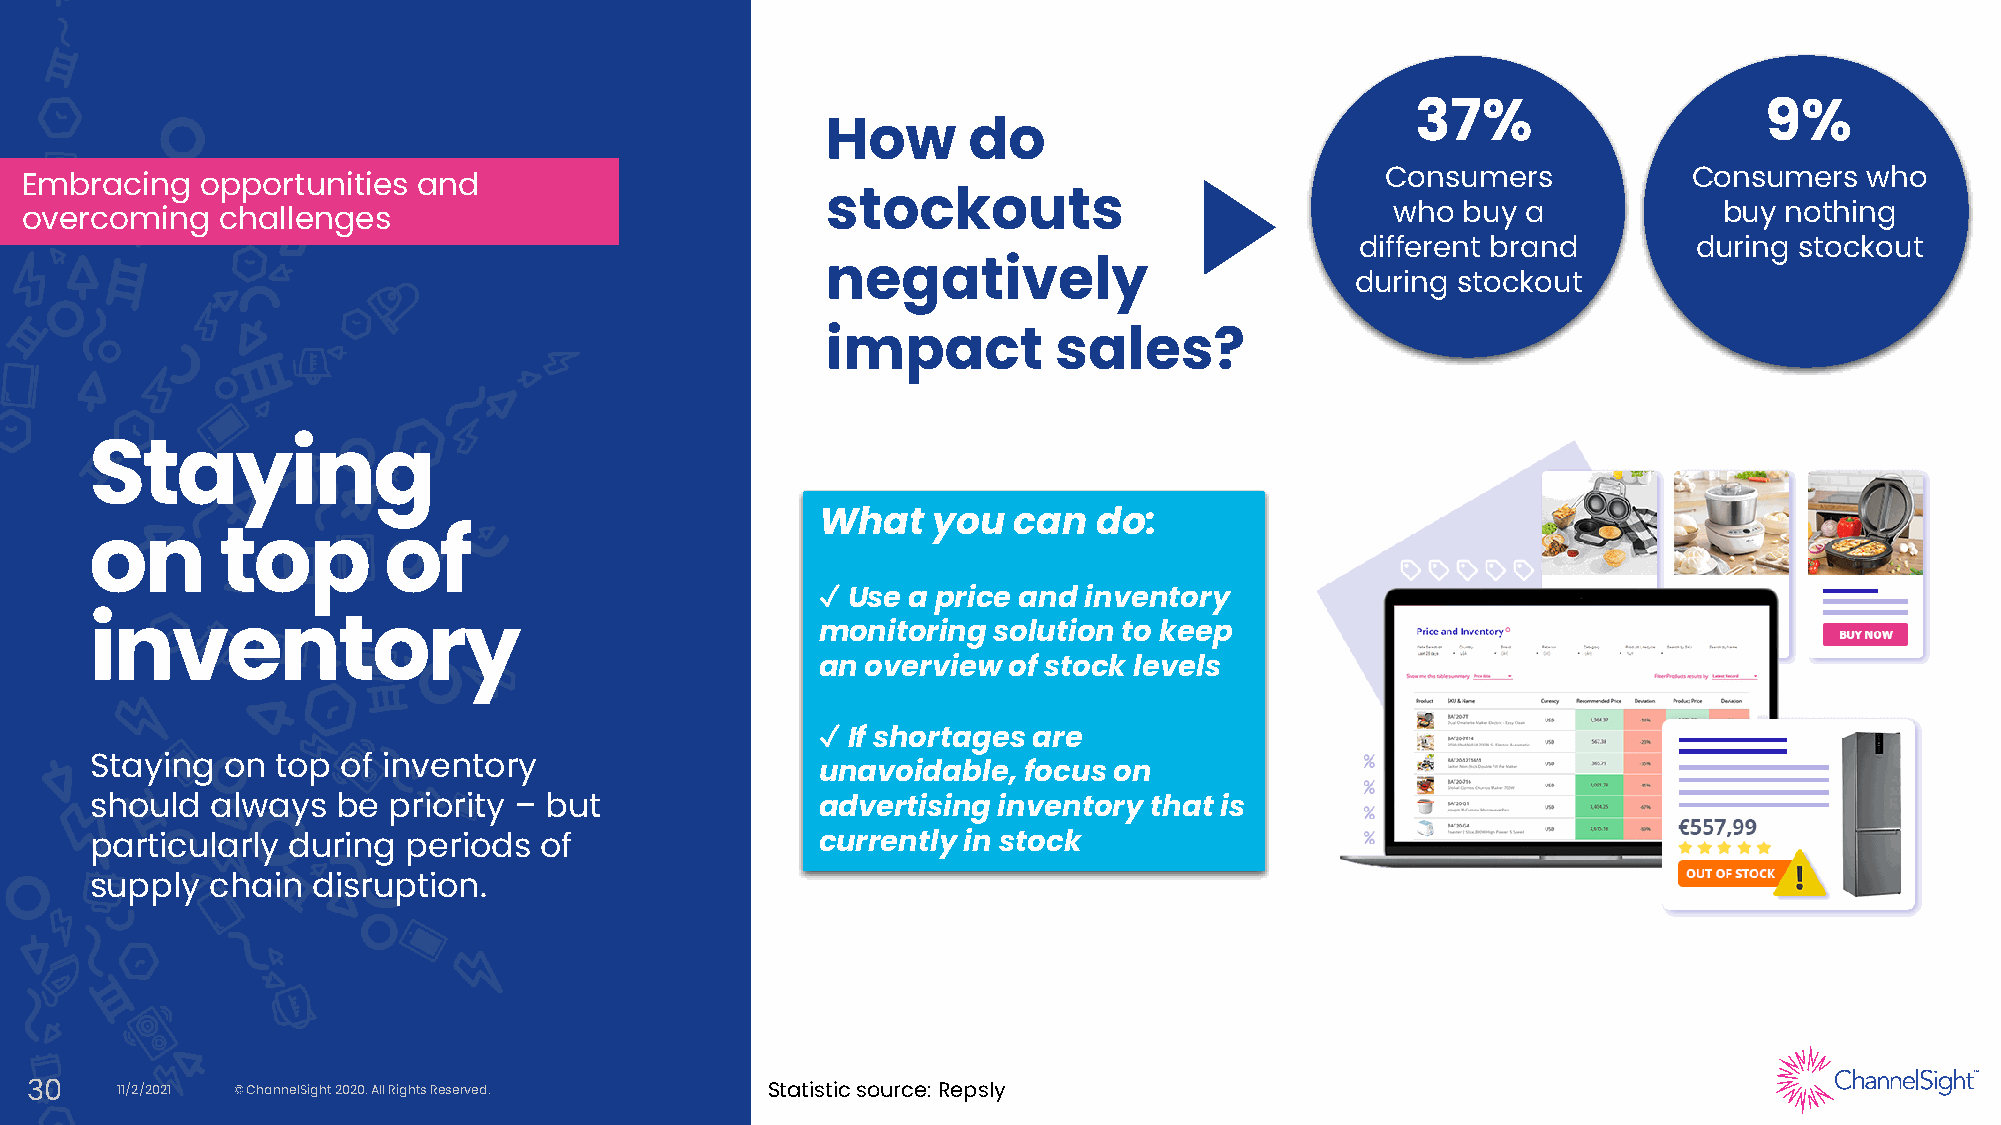
37%                    9%
 How      do
 Consumers           Consumers   who
 Embracing   opportunities  and
 overcoming   challenges                               stockouts                            who  buy a            buy nothing
 different brand       during stockout
 negatively                         during stockout
 impact         sales?
 Staying
 What    you  can   do:
 on       top       of
 ✓ Use a price and inventory
 monitoring  solution to keep
 inventory
 an overview  of stock levels
 ✓ If shortages are
 Staying  on top  of inventory
 unavoidable,  focus on
 should  always  be  priority – but              advertising inventory that is
 particularly during  periods  of                currently in stock
 supply  chain  disruption.
 30    11/2/2021 © ChannelSight 2020. All Rights Reserved. Statistic source: Repsly